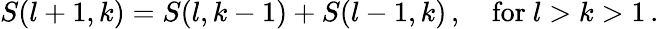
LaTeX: S(l+1,k)=S(l,k-1)+S(l-1,k)\, ,\quad\mathrm{for~}l>k>1\, .